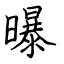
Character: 曝